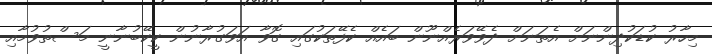
މިހާރު ކުޑަކުދިންނަށް އެތަނަށް ދެވޭވަރެއްނޫން ބައެއް ކެފޭތަކުގައި ގޮވާ އަވަގުރާނުން ކީކޭބުނާނީ މަސްތުވުމާއި